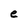
Character: e